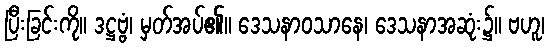
ပြီးခြင်းကို။ ဒဋ္ဌဗ္ဗံ၊ မှတ်အပ်၏။ ဒေသနာဝသာနေ၊ ဒေသနာအဆုံး၌။ ဗဟူ၊